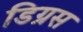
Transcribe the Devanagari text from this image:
डिग्रस